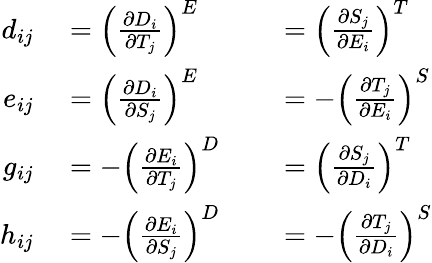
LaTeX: \begin{array}{rlrl}{d_{ij}}&{{}=\left({\frac{\partial D_{i}}{\partial T_{j}}}\right)^{E}}&{}&{{}=\left({\frac{\partial S_{j}}{\partial E_{i}}}\right)^{T}}\\ {e_{ij}}&{{}=\left({\frac{\partial D_{i}}{\partial S_{j}}}\right)^{E}}&{}&{{}=-\left({\frac{\partial T_{j}}{\partial E_{i}}}\right)^{S}}\\ {g_{ij}}&{{}=-\left({\frac{\partial E_{i}}{\partial T_{j}}}\right)^{D}}&{}&{{}=\left({\frac{\partial S_{j}}{\partial D_{i}}}\right)^{T}}\\ {h_{ij}}&{{}=-\left({\frac{\partial E_{i}}{\partial S_{j}}}\right)^{D}}&{}&{{}=-\left({\frac{\partial T_{j}}{\partial D_{i}}}\right)^{S}}\end{array}